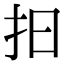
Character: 抇